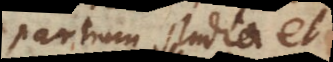
partium studia et